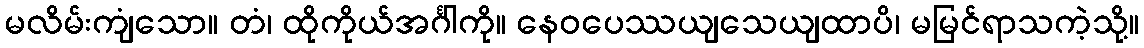
မလိမ်းကျံသော။ တံ၊ ထိုကိုယ်အင်္ဂါကို။ နေဝပေဿယျသေယျထာပိ၊ မမြင်ရာသကဲ့သို့။